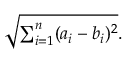
{ \sqrt { \textstyle \sum _ { i = 1 } ^ { n } ( a _ { i } - b _ { i } ) ^ { 2 } } } .